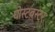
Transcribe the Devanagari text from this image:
घोस्टबस्टर